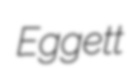
Eggett